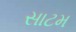
સાટમ